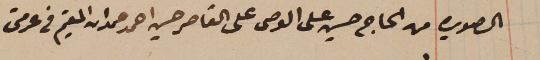
الصويره من الحاج حسين على الوصى على القاصر حسين احمد حمدان المقيم فى عرمتى